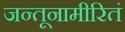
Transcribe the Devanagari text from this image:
जन्तूनामीरितं